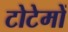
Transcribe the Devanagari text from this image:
टोटेमों